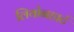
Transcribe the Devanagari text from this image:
लियोनहार्ट